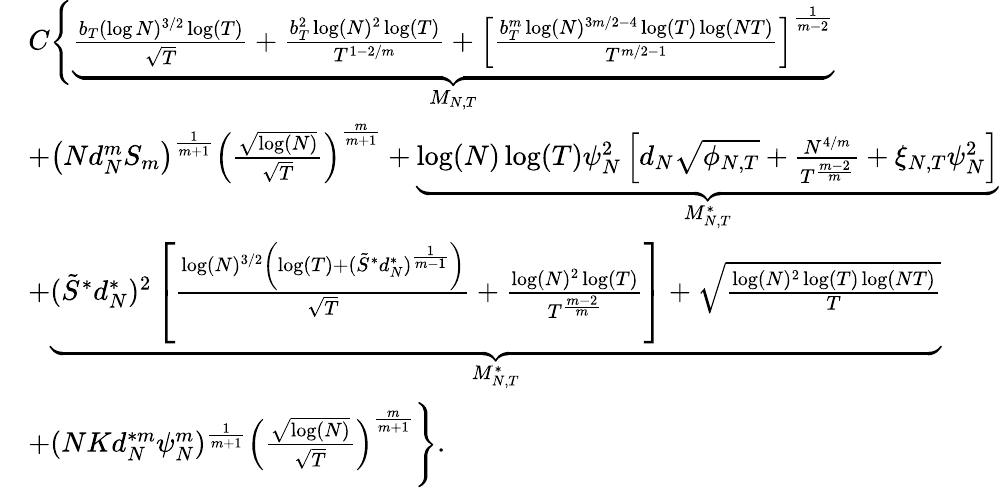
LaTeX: \begin{array}{rl}&{C\Bigg\{ \underset{{M_{N,T}}}{\underbrace{\frac{b_{T}(\log N)^{3/2}\log(T)}{\sqrt{T}}+\frac{b_{T}^{2}\log(N)^{2}\log(T)}{T^{1-2/m}}+\left[\frac{b_{T}^{m}\log(N)^{3m/2-4}\log(T)\log(NT)}{T^{m/2-1}}\right]^{\frac{1}{m-2}}}}}\\ &{+\left(Nd_{N}^{m}S_{m}\right)^{\frac{1}{m+1}}\left(\frac{\sqrt{\log(N)}}{\sqrt{T}}\right)^{\frac{m}{m+1}}+\underset{{M_{N,T}^{*}}}{\underbrace{\log(N)\log(T)\psi_{N}^{2}\left[d_{N}\sqrt{\phi_{N,T}}+\frac{N^{4/m}}{T^{\frac{m-2}{m}}}+\xi_{N,T}\psi_{N}^{2}\right]}}}\\ &{+\underset{{M_{N,T}^{*}}}{\underbrace{(\tilde{S}^{*}d_{N}^{*})^{2}\left[\frac{\log(N)^{3/2}\left(\log(T)+(\tilde{S}^{*}d_{N}^{*})^{\frac{1}{m-1}}\right)}{\sqrt{T}}+\frac{\log(N)^{2}\log(T)}{T^{\frac{m-2}{m}}}\right]+\sqrt{\frac{\log(N)^{2}\log(T)\log(NT)}{T}}}}}\\ &{+(NKd_{N}^{*m}\psi_{N}^{m})^{\frac{1}{m+1}}\left(\frac{\sqrt{\log(N)}}{\sqrt{T}}\right)^{\frac{m}{m+1}}\Bigg\} .}\end{array}